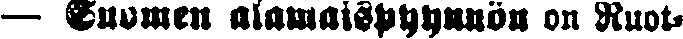
— Suomen alamaispyynnön on Ruot-